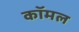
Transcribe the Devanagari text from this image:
कॉमल